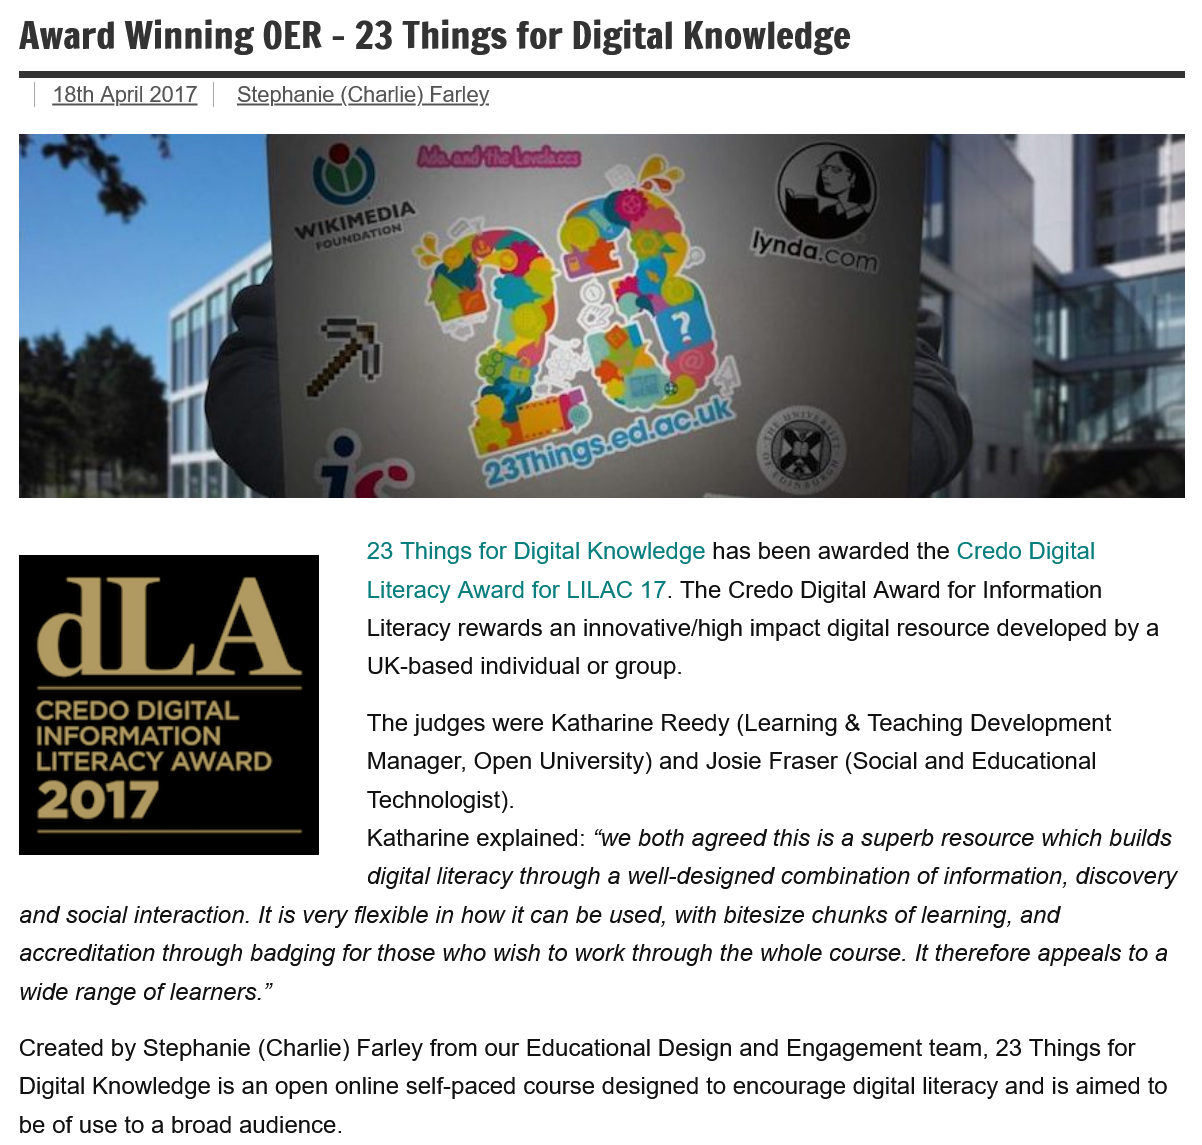
Award    Winning    OER
     -
     23  Things for    Digital Knowledge
     23 Things for Digital Knowledge has been awarded the Credo Digital
     Literacy Award for LILAC 17. The Credo Digital Award for Information
     Literacy rewards an innovative/high impact digital resource developed by a
     UK-based individual or group.
     The judges were Katharine Reedy (Learning & Teaching Development
     Manager, Open University) and Josie Fraser (Social and Educational
     Technologist).
     Katharine explained: “we both agreed this is a superb resource which builds
     digital literacy through a well-designed combination of information, discovery
  and social interaction. It is very flexible in how it can be used, with bitesize chunks of learning, and
  accreditation through badging for those who wish to work through the whole course. It therefore appeals to a
  wide range of learners.”
  Created by Stephanie (Charlie) Farley from our Educational Design and Engagement team, 23 Things for
  Digital Knowledge is an open online self-paced course designed to encourage digital literacy and is aimed to
  be of use to a broad audience.
   CREDO DIGITAL
   INFORMATION
   LITERACY   AWARD
     18th April 2017 Stephanie (Charlie) Farley